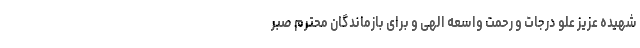
شهیده عزیز علو درجات و رحمت واسعه الهی و برای بازماندگان محترم صبر